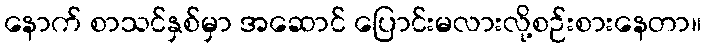
နောက် စာသင်နှစ်မှာ အဆောင် ပြောင်းမလားလို့စဉ်းစားနေတာ။